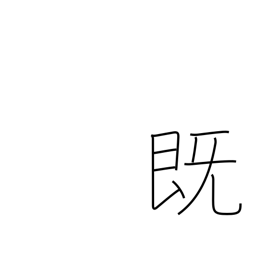
Meaning: previously